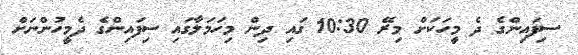
ސިފައިންގެ ދެ މީހަކަށް މިރޭ 10:30 ގައި ދިން މިހަމަލާގައި ސިފައިންގެ ދެމީހުންނަށް